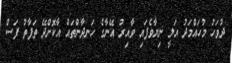
ދުވަހު މުހައްމަދު އަލީ ނިޔާވެފައި ވާއިރު އޭނާގެ ހަނދާންތައް އާކޮށްދޭ ތަފާތު ފަސް